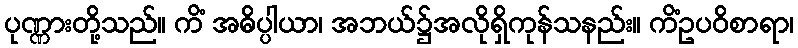
ပုဏ္ဏားတို့သည်။ ကိံ အဓိပ္ပါယာ၊ အဘယ်၌အလိုရှိကုန်သနည်း။ ကိံဥပဝိစာရာ၊